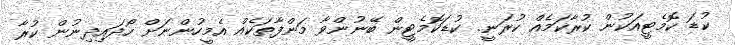
ކުޑަ ކޮމެޓީއަކުން ކުރާކަމެއް ކުރަނީ. ކުޑަކޮމެޓީން ބޭނުންވާ މަންފާތަކެއް އެމީހުންނަށް ހޯދައިދިނުން ކުރާ